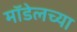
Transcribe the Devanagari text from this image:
मॉडेलच्या